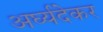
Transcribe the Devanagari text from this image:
अर्घ्यदेकर